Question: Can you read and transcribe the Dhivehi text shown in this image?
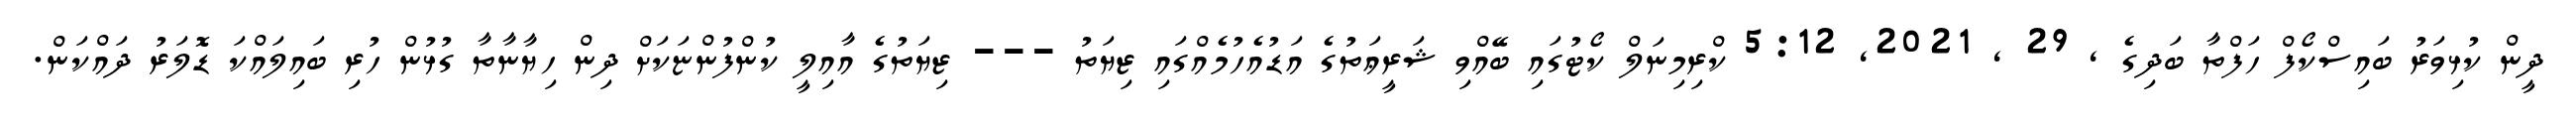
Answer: ދީން ކުޅިވަރު ބައިސްކޯފް ހަފްތާ ބަދިގެ , 29 , 2021, 5:12 ކްރިމިނަލް ކޯޓުގައި ބޭއްވި ޝަރީޢަތުގެ އަޑުއެހުމެއްގައި ޒިޔަތު --- ޒިޔަތުގެ އާއިލީ ކުންފުންޏަކަށް ދިން ހިޔާނާތާ ގުޅުން ހުރި ބައިލައްކަ ޑޮލަރު ދައްކަން.